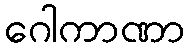
ဂေါကာဏာ